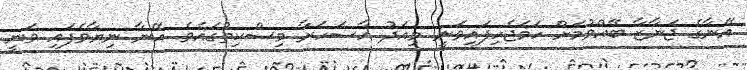
އޭނާގެ ޖަނާޒާ ބޭއްވުމަށް ހަމަޖެހިފައިވަނީ މިއަދު އާސަހަރާ މިސްކިތުގައެވެ. އޭނާ ނިޔާވެފައި ވަނީ